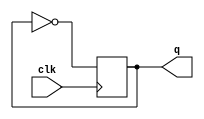
`timescale 1ns / 1ps
//////////////////////////////////////////////////////////////////////////////////
// Company: 
// Engineer: 
// 
// Design Name: 
// Module Name:    clk_divider_by2 
// Project Name: 
// Target Devices: 
// Tool versions: 
// Description: 
//
// Dependencies: 
//
// Revision: 
// Revision 0.01 - File Created
// Additional Comments: 
//
//////////////////////////////////////////////////////////////////////////////////
module clk_divider_by2(
    input clk,
    output reg q
    );
initial q=0;
always@(posedge clk)
begin
q=~q;
end

endmodule